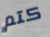
كتم